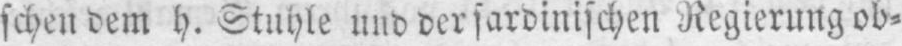
schen dem h. Stuhle und der sardinischen Regierung ob⸗